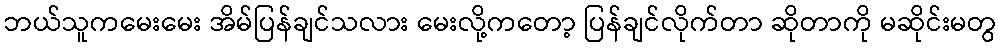
ဘယ်သူကမေးမေး အိမ်ပြန်ချင်သလား မေးလို့ကတော့ ပြန်ချင်လိုက်တာ ဆိုတာကို မဆိုင်းမတွ